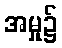
အမှု၌